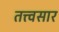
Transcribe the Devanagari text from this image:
तत्त्वसार